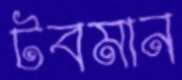
টবমান